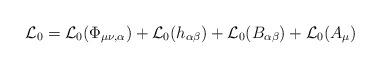
LaTeX: \begin{align*}{\cal L}_0 = {\cal L}_0 (\Phi_{\mu\nu,\alpha}) + {\cal L}_0 (h_{\alpha\beta})+ {\cal L}_0 (B_{\alpha\beta}) + {\cal L}_0 (A_\mu)\end{align*}